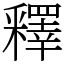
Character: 釋